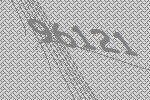
96121